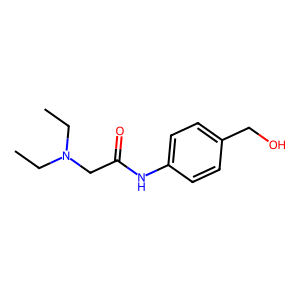
SMILES: CCN(CC)CC(=O)Nc1ccc(CO)cc1
Inhibits HIV replication: No